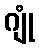
ဂျုံ